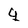
Character: q